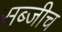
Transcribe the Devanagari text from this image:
सब्जीच